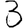
Digit: 3